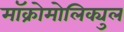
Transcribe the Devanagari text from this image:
मॉक्रोमोलिक्युल